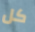
كل